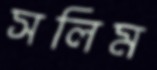
সলিম